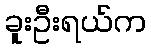
ခူးဦးရယ်က